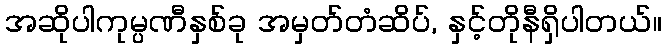
အဆိုပါကုမ္ပဏီနှစ်ခု အမှတ်တံဆိပ်, နှင့်တိုနီရှိပါတယ်။